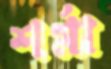
শর্মা